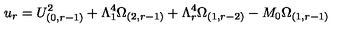
u _ { r } = U _ { ( 0 , r - 1 ) } ^ { 2 } + \Lambda _ { 1 } ^ { 4 } \Omega _ { ( 2 , r - 1 ) } + \Lambda _ { r } ^ { 4 } \Omega _ { ( 1 , r - 2 ) } - M _ { 0 } \Omega _ { ( 1 , r - 1 ) }